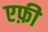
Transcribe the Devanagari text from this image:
एफ़ी